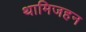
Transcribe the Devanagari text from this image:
थामिजहन